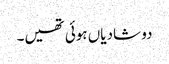
دو شادیاں ہوئی تھیں۔